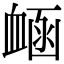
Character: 𧖾